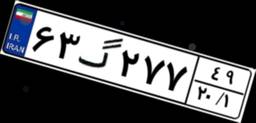
۶۳گ۲۷۷۴۹